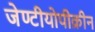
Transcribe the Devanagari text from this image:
जेण्टीयोपीक्रीन